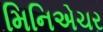
મિનિએચર